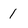
Character: l